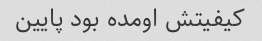
کیفیتش اومده بود پایین